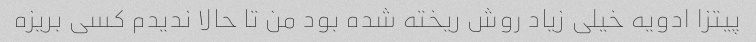
پیتزا ادویه خیلی زیاد روش ریخته شده بود من تا حالا ندیدم کسی بریزه